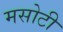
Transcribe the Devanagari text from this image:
मसोटी